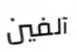
آلفين